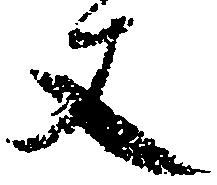
丈